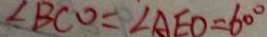
\angle B C O = \angle A E O = 6 0 ^ { \circ }